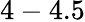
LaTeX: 4-4.5